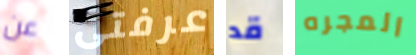
عن عرفتى قد المجره